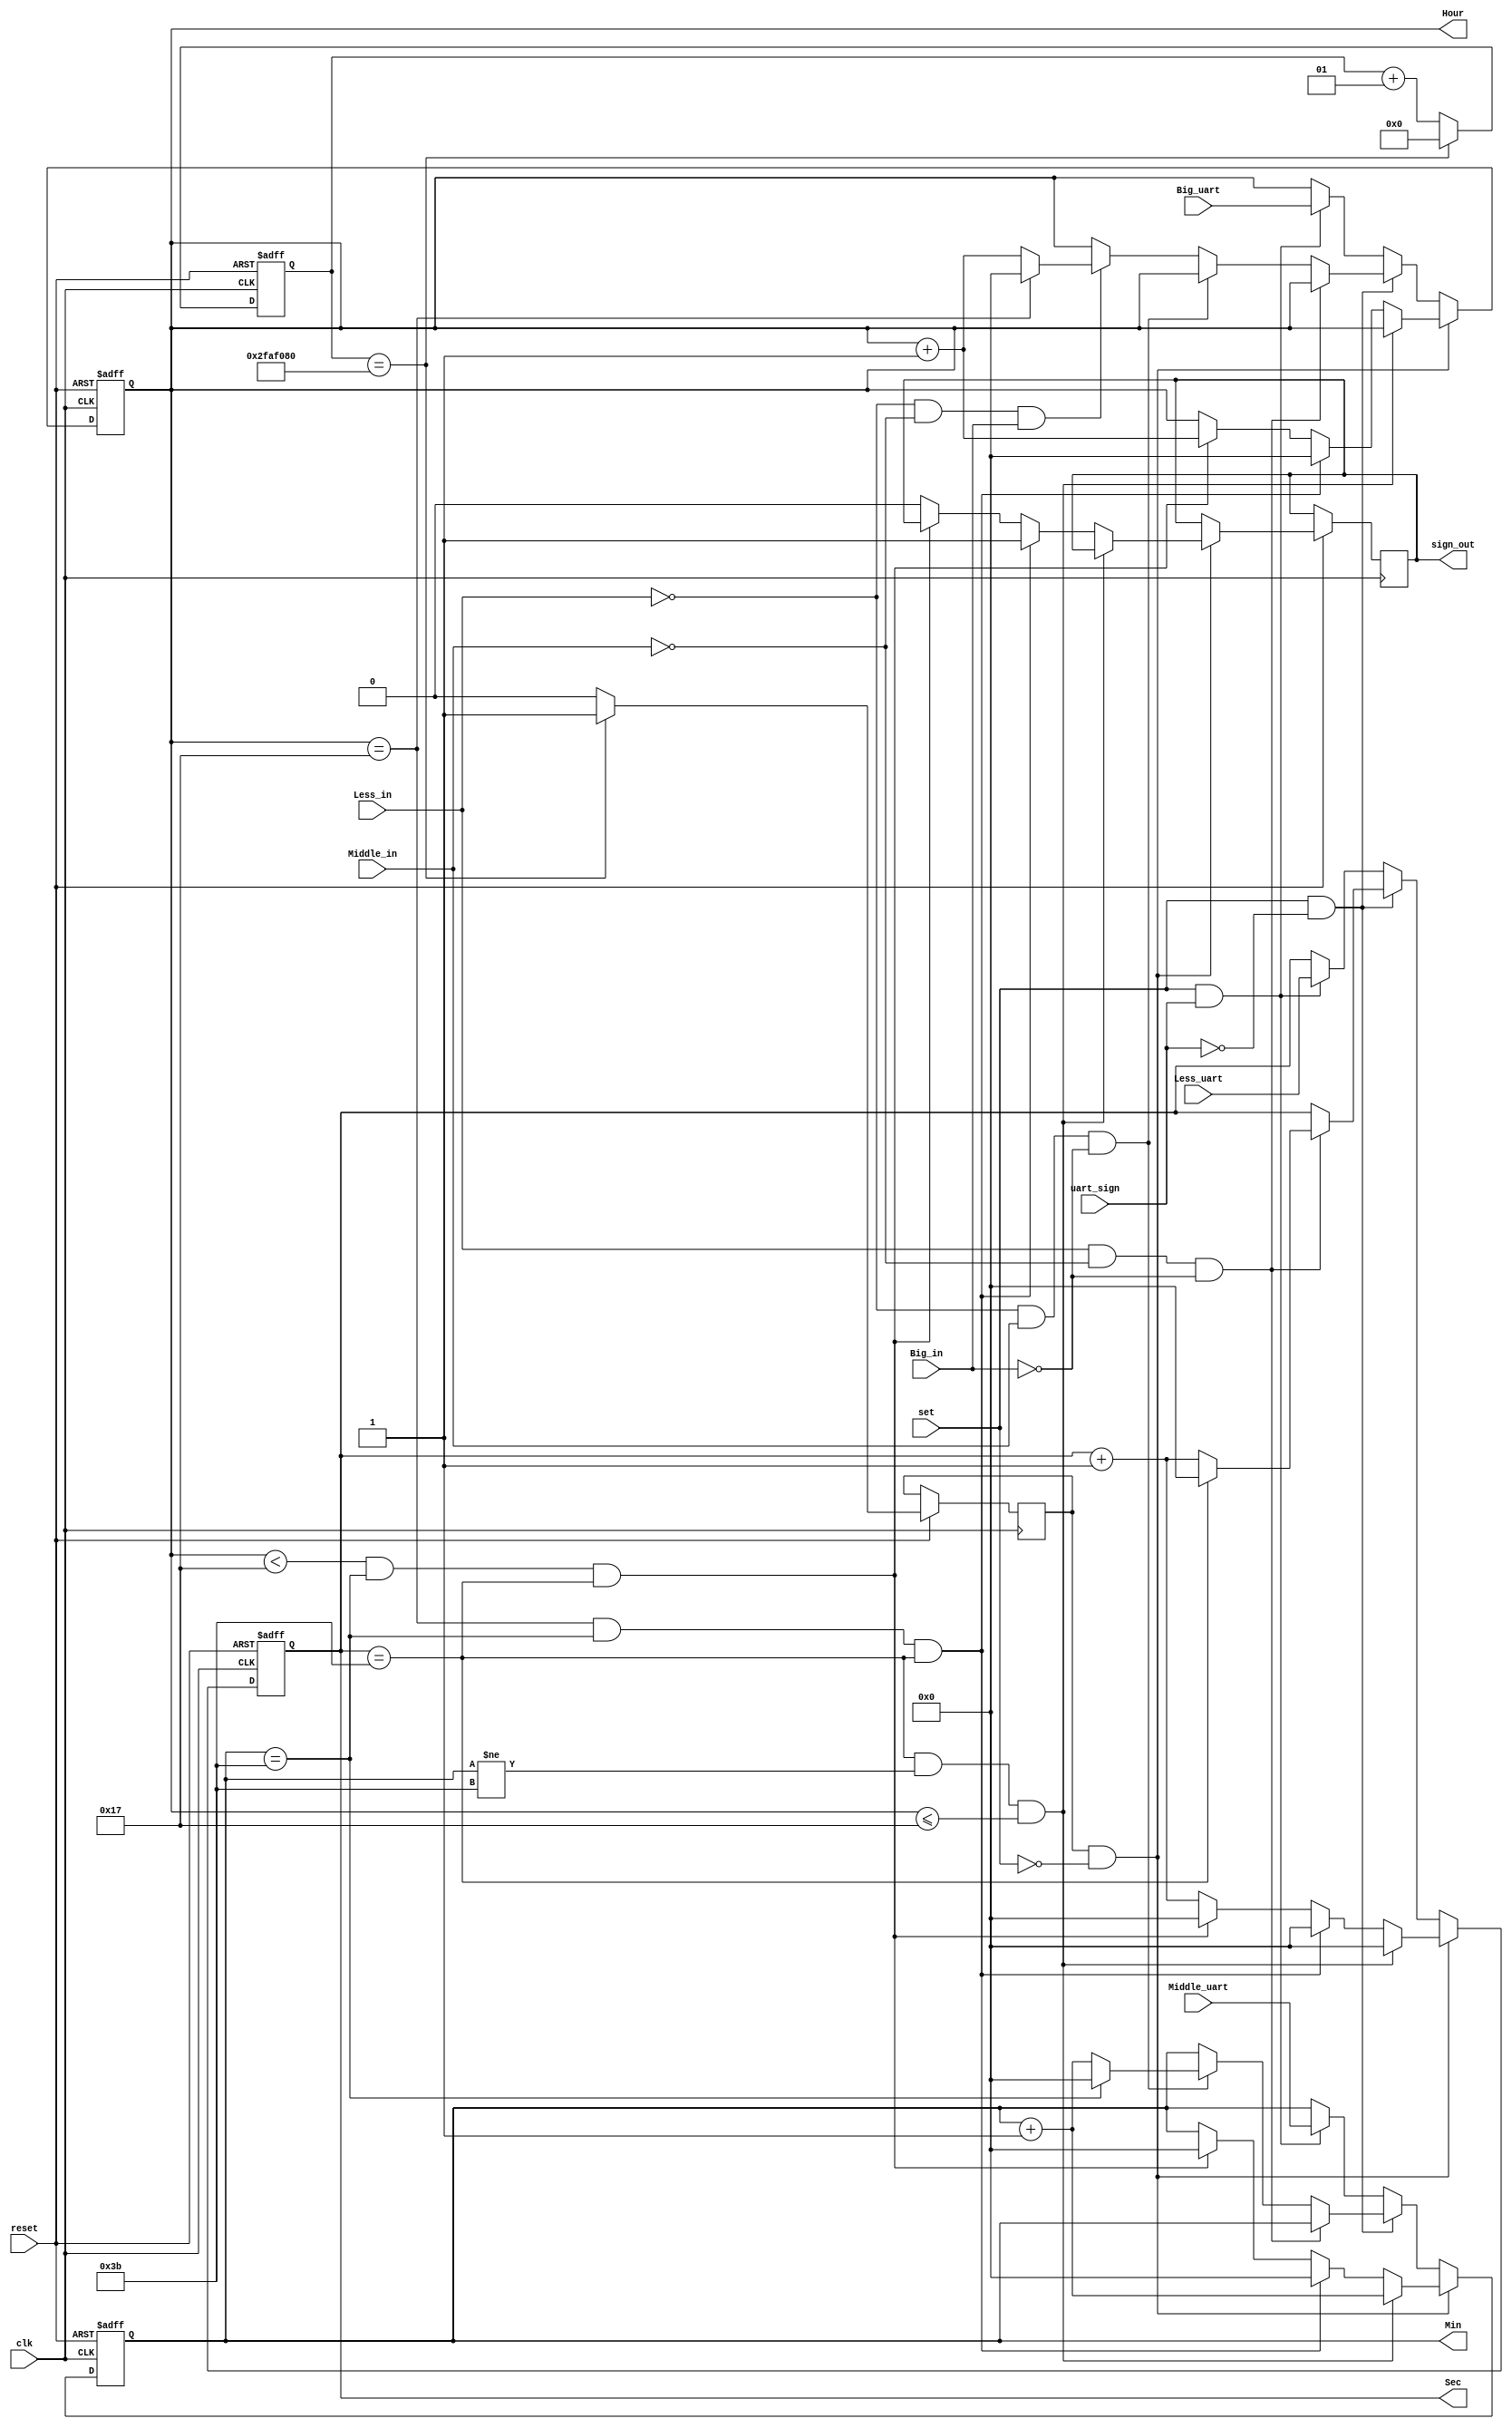
module clock (clk,set,reset,Less_in,Middle_in,Big_in,Sec,Min,Hour,sign_out,Less_uart,Middle_uart,Big_uart,uart_sign);

input set,reset,Less_in,Middle_in,Big_in,clk,uart_sign;
output reg sign_out;
output reg [6:0]Sec = 5'd58;
output reg [6:0] Min = 5'd58;
output reg [6:0] Hour = 5'd23;
input [6:0]Less_uart,Middle_uart,Big_uart;
integer count;
wire flag;
reg clk2 = 1'b0;
reg count2 = 1'b0;

always@ (posedge clk,negedge reset)
begin
if (!reset)
begin
count = 1'b0;
end

else
begin
if (count == 50000000)
begin
count <= 1'b0;
clk2 <= 1'b1;
end
else 
begin
count <= count + 1;
clk2 <= 1'b0;
end
end
end 

assign flag = clk2;

always@ (posedge clk , negedge reset)
begin
if (!reset)
begin
Sec <= 6'd58;
Min <= 6'd58;
Hour <= 6'd23;
end

else if (flag && !set)
begin
if(Sec == 59 && Min != 59 && Hour <=23) // 秒进位
begin 
Min <= Min + 1;
Sec <= 0;
end

else if (Hour == 23 && Min == 59 && Sec == 59 ) // 时进位
begin
Hour <= 0;
Min <= 0;
Sec <= 0;
sign_out <= 1'b1;
end

else if (Hour < 23 && Min == 59 && Sec == 59 ) // 分进位
begin
Hour <= Hour + 1 ;// 将H_o的赋值语句改为对H_o_temp的赋值
Min <= 0;
Sec <= 0;
end

 // 将H_o的赋值语句改为对H_o_temp的赋值
//sign_out <= ~sign_out; // 切换上下午标志

else // 正常计时
begin
Sec <= Sec + 1;
sign_out <= 1'b0;
end
end

else if(set && !uart_sign)
begin
if(Less_in == 1'b1 && Middle_in == 1'b0 && Big_in == 1'b0)
begin
if(Sec == 59) Sec <= 6'b0;
else Sec = Sec + 1;
end

else if(Less_in == 1'b0 && Middle_in == 1'b1 && Big_in == 1'b0)
begin
if(Min == 59) Min <= 6'b0;
else Min = Min + 1;
end

else if(Less_in == 1'b0 && Middle_in == 1'b0 && Big_in == 1'b1)
begin
if(Hour == 23) Hour <= 6'b0;
else Hour = Hour + 1;
end

end

else if (set && uart_sign)
begin
Sec <= Less_uart;
Min <= Middle_uart;
Hour <= Big_uart;
end

end

/*always@ (posedge clk,negedge reset)
begin

if (!reset) begin sign_out <= 1'b0 ; end
else if (Hour < 23 && Min == 59 && Sec == 59 ) sign_out <= 1'b1;
else sign_out <= 1'b0;

end*/

endmodule